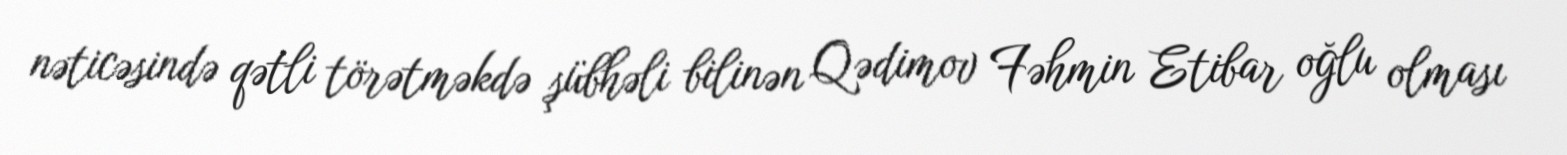
nəticəsində qətli törətməkdə şübhəli bilinən Qədimov Fəhmin Etibar oğlu olması